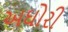
અઘોરી